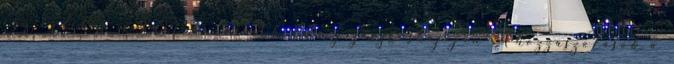
egy érdekes mondat benne:A holding zászlóshajóján A hozzászólások a